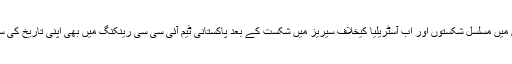
سرفراز احمد کی کپتانی میں ٹیسٹ میچوں میں مسلسل شکستوں اور اب آسٹریلیا کیخلاف سیریز میں شکست کے بعد پاکستانی ٹیم آئی سی سی رینکنگ میں بھی اپنی تاریخ کی سب سے بدترین تنزلی کا شکار ہوگئی ہے۔